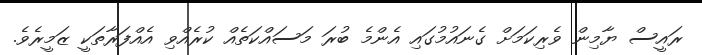
ރައީސް ޔާމިން ވެރިކަމަށް ގެނައުމުގައި އެންމެ ބުރަ މަސައްކަތެއް ކުރެއްވި އެއްފަރާތަކީ ޒަމީރެވެ.